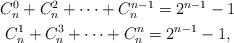
LaTeX: \begin{align*}\begin{gathered}C_{n}^0+C_{n}^2+\cdots +C_{n}^{n-1}=2^{n-1}-1\\C_{n}^1+C_{n}^3+\cdots +C_{n}^{n}=2^{n-1}-1,\end{gathered}\end{align*}